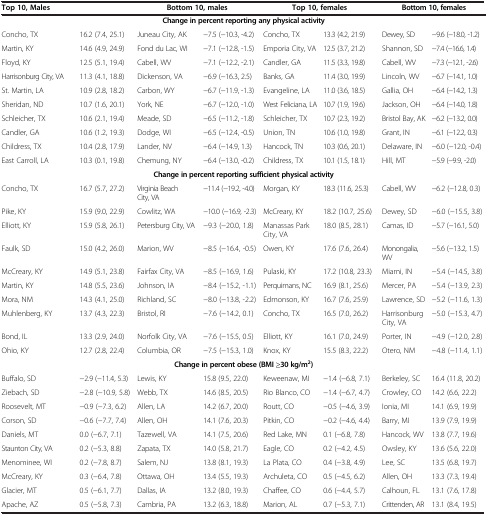
<table><thead><tr><td colspan="2"><b>Top 10, Males</b></td><td colspan="2"><b>Bottom 10, males</b></td><td colspan="2"><b>Top 10, females</b></td><td colspan="2"><b>Bottom 10, females</b></td></tr></thead><tbody><tr><td colspan="8"><b>Change in percent reporting any physical activity</b></td></tr><tr><td>Concho, TX</td><td>16.2 (7.4, 25.1)</td><td>Juneau City, AK</td><td>−7.5 (−10.3, -4.2)</td><td>Concho, TX</td><td>13.3 (4.2, 21.9)</td><td>Dewey, SD</td><td>−9.6 (−18.0, -1.2)</td></tr><tr><td>Martin, KY</td><td>14.6 (4.9, 24.9)</td><td>Fond du Lac, WI</td><td>−7.1 (−12.8, -1.5)</td><td>Emporia City, VA</td><td>12.5 (3.7, 21.2)</td><td>Shannon, SD</td><td>−7.4 (−16.6, 1.4)</td></tr><tr><td>Floyd, KY</td><td>12.5 (5.1, 19.4)</td><td>Cabell, WV</td><td>−7.1 (−12.2, -2.1)</td><td>Candler, GA</td><td>11.5 (3.3, 19.8)</td><td>Cabell, WV</td><td>−7.3 (−12.1, -2.6)</td></tr><tr><td>Harrisonburg City, VA</td><td>11.3 (4.1, 18.8)</td><td>Dickenson, VA</td><td>−6.9 (−16.3, 2.5)</td><td>Banks, GA</td><td>11.4 (3.0, 19.9)</td><td>Lincoln, WV</td><td>−6.7 (−14.1, 1.0)</td></tr><tr><td>St. Martin, LA</td><td>10.9 (2.8, 18.2)</td><td>Carbon, WY</td><td>−6.7 (−11.9, -1.3)</td><td>Evangeline, LA</td><td>11.0 (3.6, 18.5)</td><td>Gallia, OH</td><td>−6.4 (−14.2, 1.3)</td></tr><tr><td>Sheridan, ND</td><td>10.7 (1.6, 20.1)</td><td>York, NE</td><td>−6.7 (−12.0, -1.0)</td><td>West Feliciana, LA</td><td>10.7 (1.9, 19.6)</td><td>Jackson, OH</td><td>−6.4 (−14.0, 1.8)</td></tr><tr><td>Schleicher, TX</td><td>10.6 (2.1, 19.4)</td><td>Meade, SD</td><td>−6.5 (−11.2, -1.8)</td><td>Schleicher, TX</td><td>10.7 (2.3, 19.2)</td><td>Bristol Bay, AK</td><td>−6.2 (−13.2, 0.0)</td></tr><tr><td>Candler, GA</td><td>10.6 (1.2, 19.3)</td><td>Dodge, WI</td><td>−6.5 (−12.4, -0.5)</td><td>Union, TN</td><td>10.6 (1.0, 19.8)</td><td>Grant, IN</td><td>−6.1 (−12.2, 0.3)</td></tr><tr><td>Childress, TX</td><td>10.4 (2.8, 17.9)</td><td>Lander, NV</td><td>−6.4 (−14.9, 1.3)</td><td>Hancock, TN</td><td>10.3 (0.6, 20.1)</td><td>Delaware, IN</td><td>−6.0 (−12.0, -0.4)</td></tr><tr><td>East Carroll, LA</td><td>10.3 (0.1, 19.8)</td><td>Chemung, NY</td><td>−6.4 (−13.0, -0.2)</td><td>Childress, TX</td><td>10.1 (1.5, 18.1)</td><td>Hill, MT</td><td>−5.9 (−9.9, -2.0)</td></tr><tr><td colspan="8"><b>Change in percent reporting sufficient physical activity</b></td></tr><tr><td>Concho, TX</td><td>16.7 (5.7, 27.2)</td><td>Virginia Beach City, VA</td><td>−11.4 (−19.2, -4.0)</td><td>Morgan, KY</td><td>18.3 (11.6, 25.3)</td><td>Cabell, WV</td><td>−6.2 (−12.8, 0.3)</td></tr><tr><td>Pike, KY</td><td>15.9 (9.0, 22.9)</td><td>Cowlitz, WA</td><td>−10.0 (−16.9, -2.3)</td><td>McCreary, KY</td><td>18.2 (10.7, 25.6)</td><td>Dewey, SD</td><td>−6.0 (−15.5, 3.8)</td></tr><tr><td>Elliott, KY</td><td>15.9 (5.8, 26.1)</td><td>Petersburg City, VA</td><td>−9.3 (−20.0, 1.8)</td><td>Manassas Park City, VA</td><td>18.0 (8.5, 28.1)</td><td>Camas, ID</td><td>−5.7 (−16.1, 5.0)</td></tr><tr><td>Faulk, SD</td><td>15.0 (4.2, 26.0)</td><td>Marion, WV</td><td>−8.5 (−16.4, -0.5)</td><td>Owen, KY</td><td>17.6 (7.6, 26.4)</td><td>Monongalia, WV</td><td>−5.6 (−13.2, 1.5)</td></tr><tr><td>McCreary, KY</td><td>14.9 (5.1, 23.8)</td><td>Fairfax City, VA</td><td>−8.5 (−16.9, 1.6)</td><td>Pulaski, KY</td><td>17.2 (10.8, 23.3)</td><td>Miami, IN</td><td>−5.4 (−14.5, 3.8)</td></tr><tr><td>Martin, KY</td><td>14.8 (5.5, 23.6)</td><td>Johnson, IA</td><td>−8.4 (−15.2, -1.1)</td><td>Perquimans, NC</td><td>16.9 (8.1, 25.6)</td><td>Mercer, PA</td><td>−5.4 (−13.9, 2.3)</td></tr><tr><td>Mora, NM</td><td>14.3 (4.1, 25.0)</td><td>Richland, SC</td><td>−8.0 (−13.8, -2.2)</td><td>Edmonson, KY</td><td>16.7 (7.6, 25.9)</td><td>Lawrence, SD</td><td>−5.2 (−11.6, 1.3)</td></tr><tr><td>Muhlenberg, KY</td><td>13.7 (4.3, 22.3)</td><td>Bristol, RI</td><td>−7.6 (−14.2, 0.1)</td><td>Concho, TX</td><td>16.5 (7.0, 26.2)</td><td>Harrisonburg City, VA</td><td>−5.0 (−15.3, 4.7)</td></tr><tr><td>Bond, IL</td><td>13.3 (2.9, 24.0)</td><td>Norfolk City, VA</td><td>−7.6 (−15.5, 0.5)</td><td>Elliott, KY</td><td>16.1 (7.0, 24.9)</td><td>Porter, IN</td><td>−4.9 (−12.0, 2.8)</td></tr><tr><td>Ohio, KY</td><td>12.7 (2.8, 22.4)</td><td>Columbia, OR</td><td>−7.5 (−15.3, 1.0)</td><td>Knox, KY</td><td>15.5 (8.3, 22.2)</td><td>Otero, NM</td><td>−4.8 (−11.4, 1.1)</td></tr><tr><td colspan="8"><b>Change in percent obese (BMI ≥30 kg/m</b><sup><b>2</b></sup><b>)</b></td></tr><tr><td>Buffalo, SD</td><td>−2.9 (−11.4, 5.3)</td><td>Lewis, KY</td><td>15.8 (9.5, 22.0)</td><td>Keweenaw, MI</td><td>−1.4 (−6.8, 7.1)</td><td>Berkeley, SC</td><td>16.4 (11.8, 20.2)</td></tr><tr><td>Ziebach, SD</td><td>−2.8 (−10.9, 5.8)</td><td>Webb, TX</td><td>14.6 (8.5, 20.5)</td><td>Rio Blanco, CO</td><td>−1.4 (−6.7, 4.7)</td><td>Crowley, CO</td><td>14.2 (6.6, 22.2)</td></tr><tr><td>Roosevelt, MT</td><td>−0.9 (−7.3, 6.2)</td><td>Allen, LA</td><td>14.2 (6.7, 20.0)</td><td>Routt, CO</td><td>−0.5 (−4.6, 3.9)</td><td>Ionia, MI</td><td>14.1 (6.9, 19.9)</td></tr><tr><td>Corson, SD</td><td>−0.6 (−7.7, 7.4)</td><td>Allen, OH</td><td>14.1 (7.6, 20.3)</td><td>Pitkin, CO</td><td>−0.2 (−4.6, 4.4)</td><td>Barry, MI</td><td>13.9 (7.9, 19.9)</td></tr><tr><td>Daniels, MT</td><td>0.0 (−6.7, 7.1)</td><td>Tazewell, VA</td><td>14.1 (7.5, 20.6)</td><td>Red Lake, MN</td><td>0.1 (−6.8, 7.8)</td><td>Hancock, WV</td><td>13.8 (7.7, 19.6)</td></tr><tr><td>Staunton City, VA</td><td>0.2 (−5.3, 8.8)</td><td>Zapata, TX</td><td>14.0 (5.8, 21.7)</td><td>Eagle, CO</td><td>0.2 (−4.2, 4.5)</td><td>Owsley, KY</td><td>13.6 (5.6, 22.0)</td></tr><tr><td>Menominee, WI</td><td>0.2 (−7.8, 8.7)</td><td>Salem, NJ</td><td>13.8 (8.1, 19.3)</td><td>La Plata, CO</td><td>0.4 (−3.8, 4.9)</td><td>Lee, SC</td><td>13.5 (6.8, 19.7)</td></tr><tr><td>McCreary, KY</td><td>0.3 (−6.4, 7.8)</td><td>Ottawa, OH</td><td>13.4 (5.5, 19.3)</td><td>Archuleta, CO</td><td>0.5 (−4.5, 6.2)</td><td>Allen, OH</td><td>13.3 (7.3, 19.4)</td></tr><tr><td>Glacier, MT</td><td>0.5 (−6.1, 7.7)</td><td>Dallas, IA</td><td>13.2 (8.0, 19.3)</td><td>Chaffee, CO</td><td>0.6 (−4.4, 5.7)</td><td>Calhoun, FL</td><td>13.1 (7.6, 17.8)</td></tr><tr><td>Apache, AZ</td><td>0.5 (−5.8, 7.3)</td><td>Cambria, PA</td><td>13.2 (6.3, 18.8)</td><td>Marion, AL</td><td>0.7 (−5.3, 7.1)</td><td>Crittenden, AR</td><td>13.1 (8.4, 19.5)</td></tr></tbody></table>